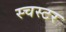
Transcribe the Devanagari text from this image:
स्चस्टर